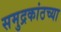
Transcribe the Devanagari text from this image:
समुद्रकांठच्या